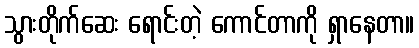
သွားတိုက်ဆေး ရောင်းတဲ့ ကောင်တာကို ရှာနေတာ။